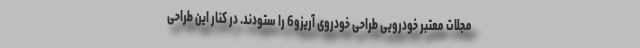
مجلات معتبر خودرویی طراحی خودروی آریزو6 را ستودند. در کنار این طراحی